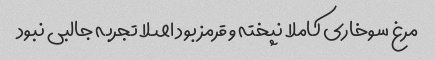
مرغ سوخاری کاملا نپخته و قرمز بود اصلا تجربه جالبی نبود